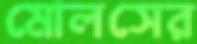
মোলসের